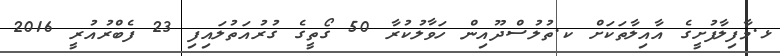
ޅ.މާފިލާފުށީގެ އާއިލާތަކަށް ކ.ތުލުސްދޫއިން ހަވާލުކުރާ 50 ގޯތީގެ ގުރުއަތުލައިފި 23 ފެބްރުއުރީ 2016